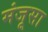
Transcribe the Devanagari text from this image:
मंजूसा